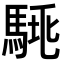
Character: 𩣛